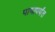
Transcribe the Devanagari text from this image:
पायापर्यंत